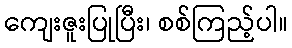
ကျေးဇူးပြုပြီး၊ စစ်ကြည့်ပါ။